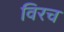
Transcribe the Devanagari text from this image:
विरच